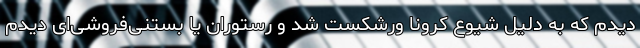
دیدم که به دلیل شیوع کرونا ورشکست شد و رستوران یا بستنی‌فروشی‌ای دیدم